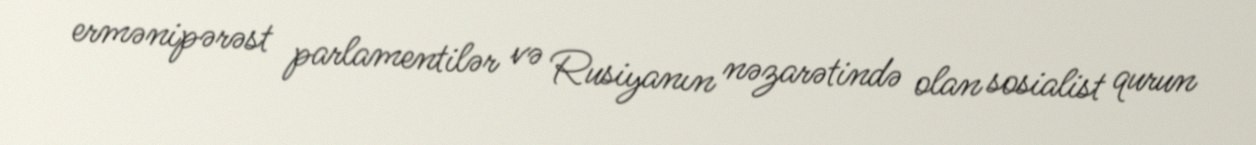
ermənipərəst parlamentilər və Rusiyanın nəzarətində olan sosialist qurun